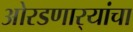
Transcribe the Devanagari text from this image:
ओरडणार्‍यांचा